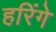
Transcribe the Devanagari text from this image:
हरिंगे